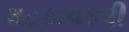
લટકાવકરી